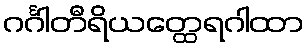
ဂင်္ဂါတီရိယတ္ထေရဂါထာ